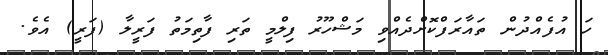
ހަ އުފެއްދުން ތައާރަފްކޮށްދެއްވި މަޝްހޫރު ފިލްމީ ތަރި ފާތިމަތު ފަރީލާ (ފަރީ) އެވެ.